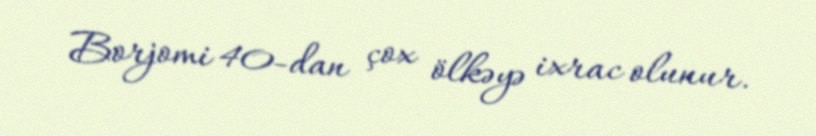
Borjomi 40-dan çox ölkəyə ixrac olunur.